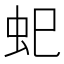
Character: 𮓷